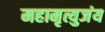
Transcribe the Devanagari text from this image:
महामृत्युजंय